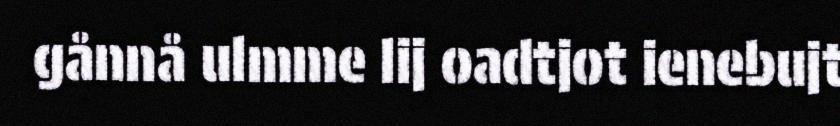
gånnå ulmme lij oadtjot ienebujt